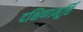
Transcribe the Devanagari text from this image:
दक्षिणामूर्त्ति